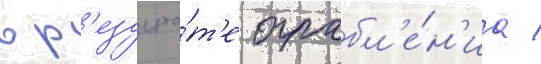
в р'езульта́т'е ограбл'е́н'иа /